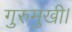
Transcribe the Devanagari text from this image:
गुरुमुखी।